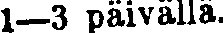
1—3 päivällä.